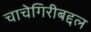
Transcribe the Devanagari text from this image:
चाचेगिरीबद्दल